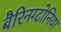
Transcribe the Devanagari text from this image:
बैरिनग्टोनिया